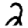
Digit: 2